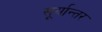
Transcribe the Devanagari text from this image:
सूर्यान्तर